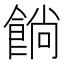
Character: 𩜋